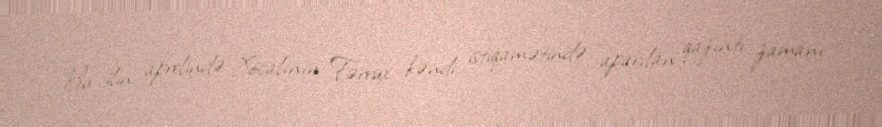
Bu ilin aprelində Xocalının Fərrux kəndi istiqamətində aparılan qazıntı zamanı